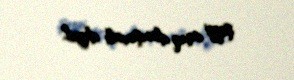
şeyi açıq danışmalı deyil.